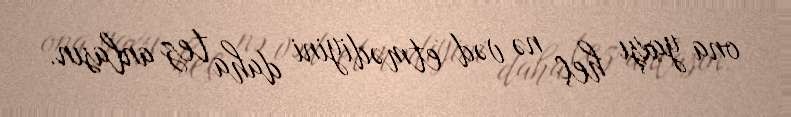
ona yaxşı heç nə vəd etmədiyini daha tez anlasın.